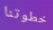
خطوتنا